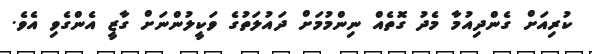
ކުރިއަށް ގެންދިއުމާ މެދު ގޮތެއް ނިންމުމަށް ދައުލަތުގެ ވަކީލުންނަށް ގާޒީ އެންގެވި އެވެ.